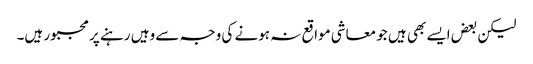
لیکن بعض ایسے بھی ہیں جو معاشی مواقع نہ ہونے کی وجہ سے وہیں رہنے پر مجبور ہیں۔